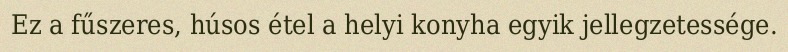
Ez a fűszeres, húsos étel a helyi konyha egyik jellegzetessége.